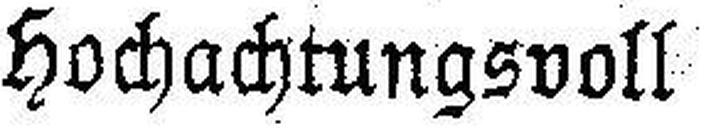
Hochachtungsvoll